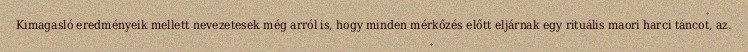
Kimagasló eredményeik mellett nevezetesek még arról is, hogy minden mérkőzés előtt eljárnak egy rituális maori harci táncot, az.